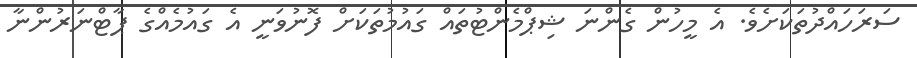
ސަރަހައްދުތަކަށެވެ. އެ މީހުން ގެންނަ ޝިޕްމެންޓުތައް ގައުމުތަކަށް ފޮނުވަނީ އެ ގައުމެއްގެ ޕާޓްނަރުންނާ